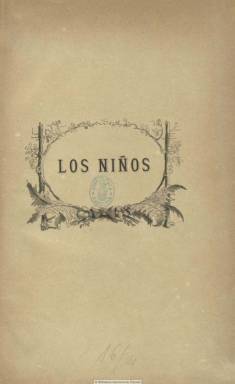
Título: Los Niños (Barcelona)
Colección: Revistas infantiles
Ámbito geográfico: Barcelona
Lugar de publicación: Barcelona
Fechas: 01/01/1883-01/12/1886

Este título se había publicado previamente en Madrid, entre 1870 y 1877. De nuevo vuelve a dirigirlo el escritor, traductor y publicista madrileño, especializado en narrativa infantil y cuadros de costumbres, Carlos Frontaura y Vázquez (1834-1910), pero publicada e impresa ahora en Barcelona por la Librería de Juan y Antonio Bastinos, editores especializados en libros de esta índole. Es considerada como una de las mejores publicaciones en su género del siglo diecinueve, compuesta con una clara tipografía, acompañada con centenares de excelentes grabados, en su mayor parte obra de Julián Bastinos, autor también de la portada y de la cabecera.

Aparece su primer número el uno de enero de 1883, en entregas de dieciséis páginas. Durante el primer año será quincenal, y desde el siguiente y hasta su último fascículo, de diciembre de 1886, aparecerá cada mes. Los dos primeros tomos de la colección son semestrales y los tres restantes, anuales. Cada uno inicia numeración y paginación propia y cuenta con índices, al final. Su subtítulo “revista de educación y recreo”, se modifica en 1885 por “revista infantil de instrucción recreativa”.

Contiene cuentos, narraciones y fabulas, episodios históricos, textos de historia natural, de viajes y narraciones geográficas, de descubrimientos científicos, historia sagrada y de bellas artes, semblanzas biográficas, así como “juegos y ejercicios de desarrollo intelectual para niños de uno y otro sexo”, poemas, problemas, adivinanzas, pensamientos, charadas, etc.

Cuenta con un cuadro de colaboradores, escritores y escritoras, tanto madrileños como catalanes, y entre sus firmas aparecen las del propio director, Carlos Frontaura, Eloísa Morales, Pilar Pascual de Sanjuán, Teodoro Baró, Julián Bastinos, Celso Gomis, Francisco Miquel y Badía, José Ortega Munilla, Manuel Ossorio y Bernard, Cayetano Vidal de Valenciano, José Zorrilla, Antonio de Trueba, Ramón de Campoamor, Ángela Grassi, Felipe Jacinto Sala, Víctor Balaguer, María Mendoza de Vives, María del Pilar Sinués, E. Ceballos Quintana, J. López Catalán, Bartolomé Feliú y Pérez, Antonio Anguíz, Luis Taboada, A. Rubió y Lluch y la de Aureliano Ruiz, entre otros.

Las ilustraciones sirven para acompañar a los textos, y entre los grabados aparecen algunos de Gustavo Doré, Tofani, Capuz, Sadurní o Severini,  así como zincografías de procedencia diversa. Son en su mayor parte dibujos, retratos, figuras de historia natural y zoología o escenas y vistas, y alguna reproducción artística.

Es un claro ejemplo de la visión decimonónica de la máxima “instruir deleitando” y de las manifestaciones literarias y artísticas dirigidas al público infantil de ambos géneros.